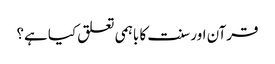
قرآن اور سنت کا باہمی تعلق کیا ہے؟